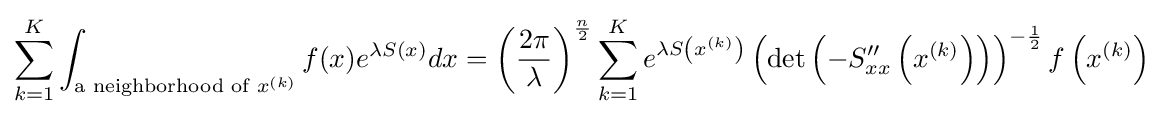
\sum _{k=1}^{K}\int _{{\text{a neighborhood of }}x^{(k)}}f(x)e^{\lambda S(x)}dx=\left({\frac {2\pi }{\lambda }}\right)^{\frac {n}{2}}\sum _{k=1}^{K}e^{\lambda S\left(x^{(k)}\right)}\left(\det \left(-S_{xx}''\left(x^{(k)}\right)\right)\right)^{-{\frac {1}{2}}}f\left(x^{(k)}\right)